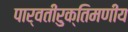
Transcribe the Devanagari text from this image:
पार्वतीरुक्तिमणीय